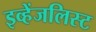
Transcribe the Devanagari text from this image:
इव्हेंजलिस्ट